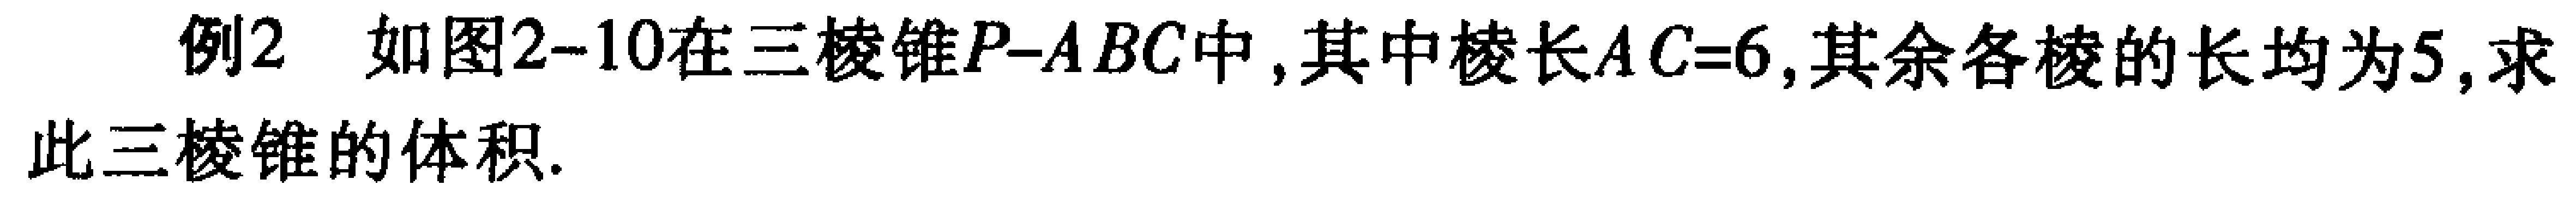
例2 如图2-10在三棱锥\(P - ABC\)中，其中棱长\(AC = 6\)，其余各棱的长均为\(5\)，求此三棱锥的体积.